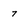
Character: 7